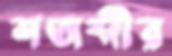
শতাব্দীর